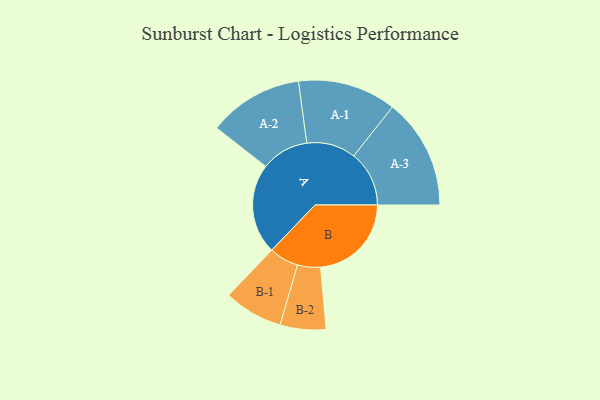
{"axis": {"x": "Segment", "y": "Value"}, "legend": ["", "A", "B"], "data": [{"x": "A", "y": 422, "type": ""}, {"x": "B", "y": 425, "type": ""}, {"x": "A-1", "y": 230, "type": "A"}, {"x": "A-2", "y": 222, "type": "A"}, {"x": "A-3", "y": 259, "type": "A"}, {"x": "B-1", "y": 138, "type": "B"}, {"x": "B-2", "y": 107, "type": "B"}]}